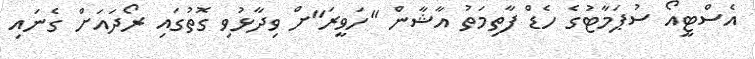
އެސްޓީއޯ ސުޕަމާޓުގެ ހެޑް ފާތިމަތު އާޝާން "ހަވީރަ"ށް ވިދާޅުވި ގޮތުގައި ރޯދައަށް ގެނައި